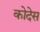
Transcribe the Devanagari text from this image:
कोदेस